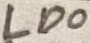
Text: LD0